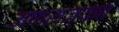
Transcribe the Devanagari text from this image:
जणराज्यात